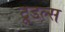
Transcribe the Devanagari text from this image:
टू्डल्स